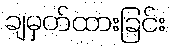
ချမှတ်ထားခြင်း